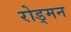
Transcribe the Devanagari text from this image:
रोड्मन